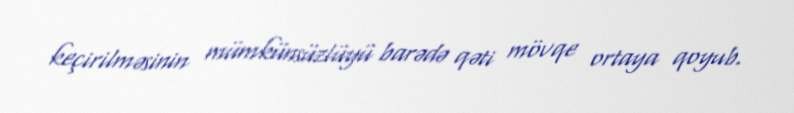
keçirilməsinin mümkünsüzlüyü barədə qəti mövqe ortaya qoyub.